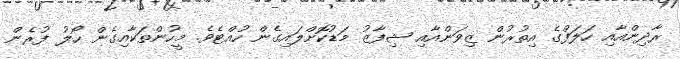
ރާދިންއާއި ހަލަފްގެ އިތުރުން ޒިވަންއާއި ޝިފާޒު މަޑުކޮށްލައިގެން ހުއްޓެވެ. މީހުންތަކާއިގެން ހޯލު ފުރެން